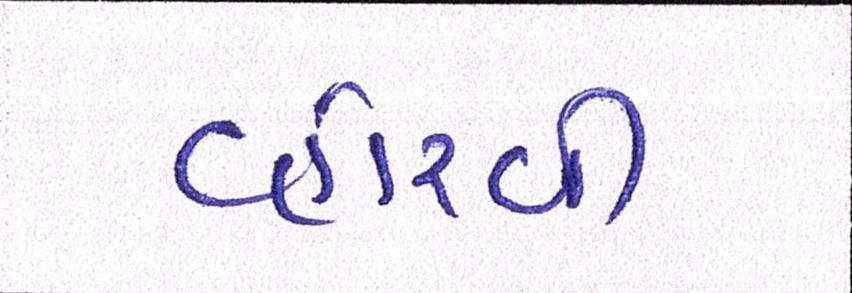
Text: વ્હોરવી